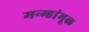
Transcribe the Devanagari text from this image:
मन्म्हांमूळ